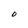
Character: O